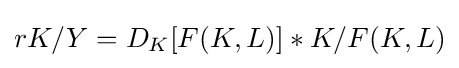
rK/Y=D_{K}[F(K,L)]*K/F(K,L)